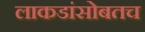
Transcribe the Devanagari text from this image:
लाकडांसोबतच